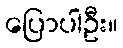
ပြောပါဦး။